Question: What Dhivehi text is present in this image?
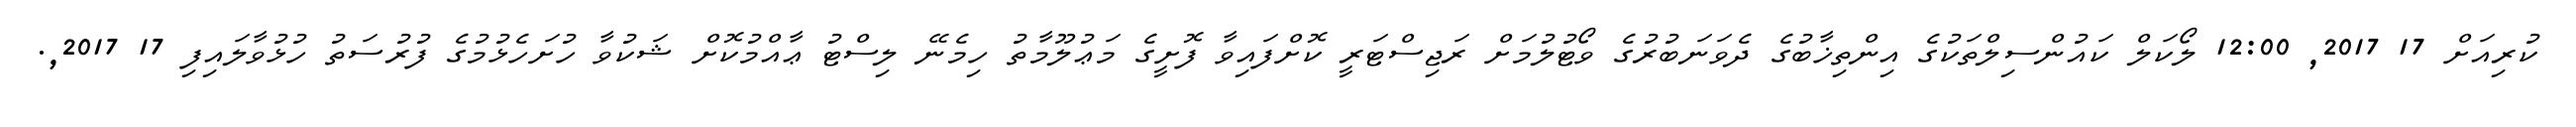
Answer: ކުރިއަށް 17 2017, 12:00 ލޯކަލް ކައުންސިލްތަކުގެ އިންތިޚާބުގެ ދެވަނަބުރުގެ ވޯޓުލުމަށް ރަޖިސްޓަރީ ކޮށްފައިވާ ފޮށީގެ މަޢުލޫމާތު ހިމެނޭ ލިސްޓު ޢާއްމުކޮށް ޝަކުވާ ހުށަހެޅުމުގެ ފުރުސަތު ހުޅުވާލައިފި 17 2017,.